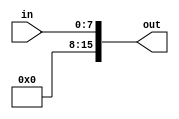
module Extend_8_to_16(in,out);

input [7:0] in; 
output reg [15:0] out; 

always @(in) 
out = {8'b0, in}; //zero extend the 8 bit input to 16 bits 

endmodule